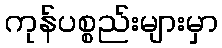
ကုန်ပစ္စည်းများမှာ